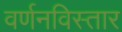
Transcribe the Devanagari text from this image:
वर्णनविस्तार